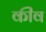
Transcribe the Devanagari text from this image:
कींव